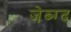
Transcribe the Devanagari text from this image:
जेब्ग्द